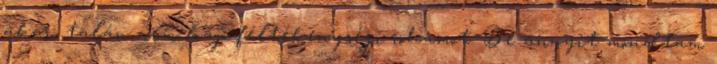
akar, talán nem kap féltékenységi rohamot. De annyit mondtam